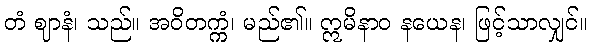
တံ ဈာနံ၊ သည်။ အဝိတက္ကံ၊ မည်၏။ ဣမိနာဝ နယေန၊ ဖြင့်သာလျှင်။